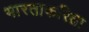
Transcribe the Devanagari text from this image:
भारताकरिता